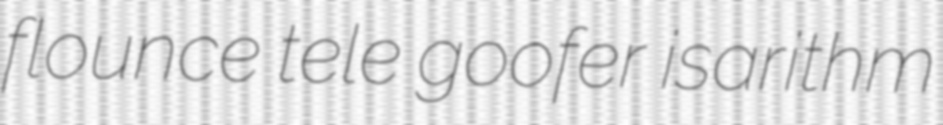
flounce tele goofer isarithm